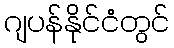
ဂျပန်နိုင်ငံတွင်